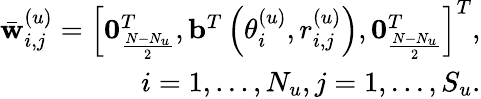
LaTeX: \begin{array}{r}{\bar{\mathbf{w}}_{i,j}^{(u)}=\left[\mathbf{0}_{\frac{N-N_{u}}{2}}^{T},\mathbf{b}^{T}\left(\theta_{i}^{(u)},r_{i,j}^{(u)}\right),\mathbf{0}_{\frac{N-N_{u}}{2}}^{T}\right]^{T},}\\ {i=1,...,N_{u},j=1,...,S_{u}.}\end{array}